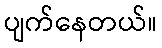
ပျက်နေတယ်။